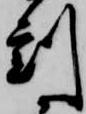
刻